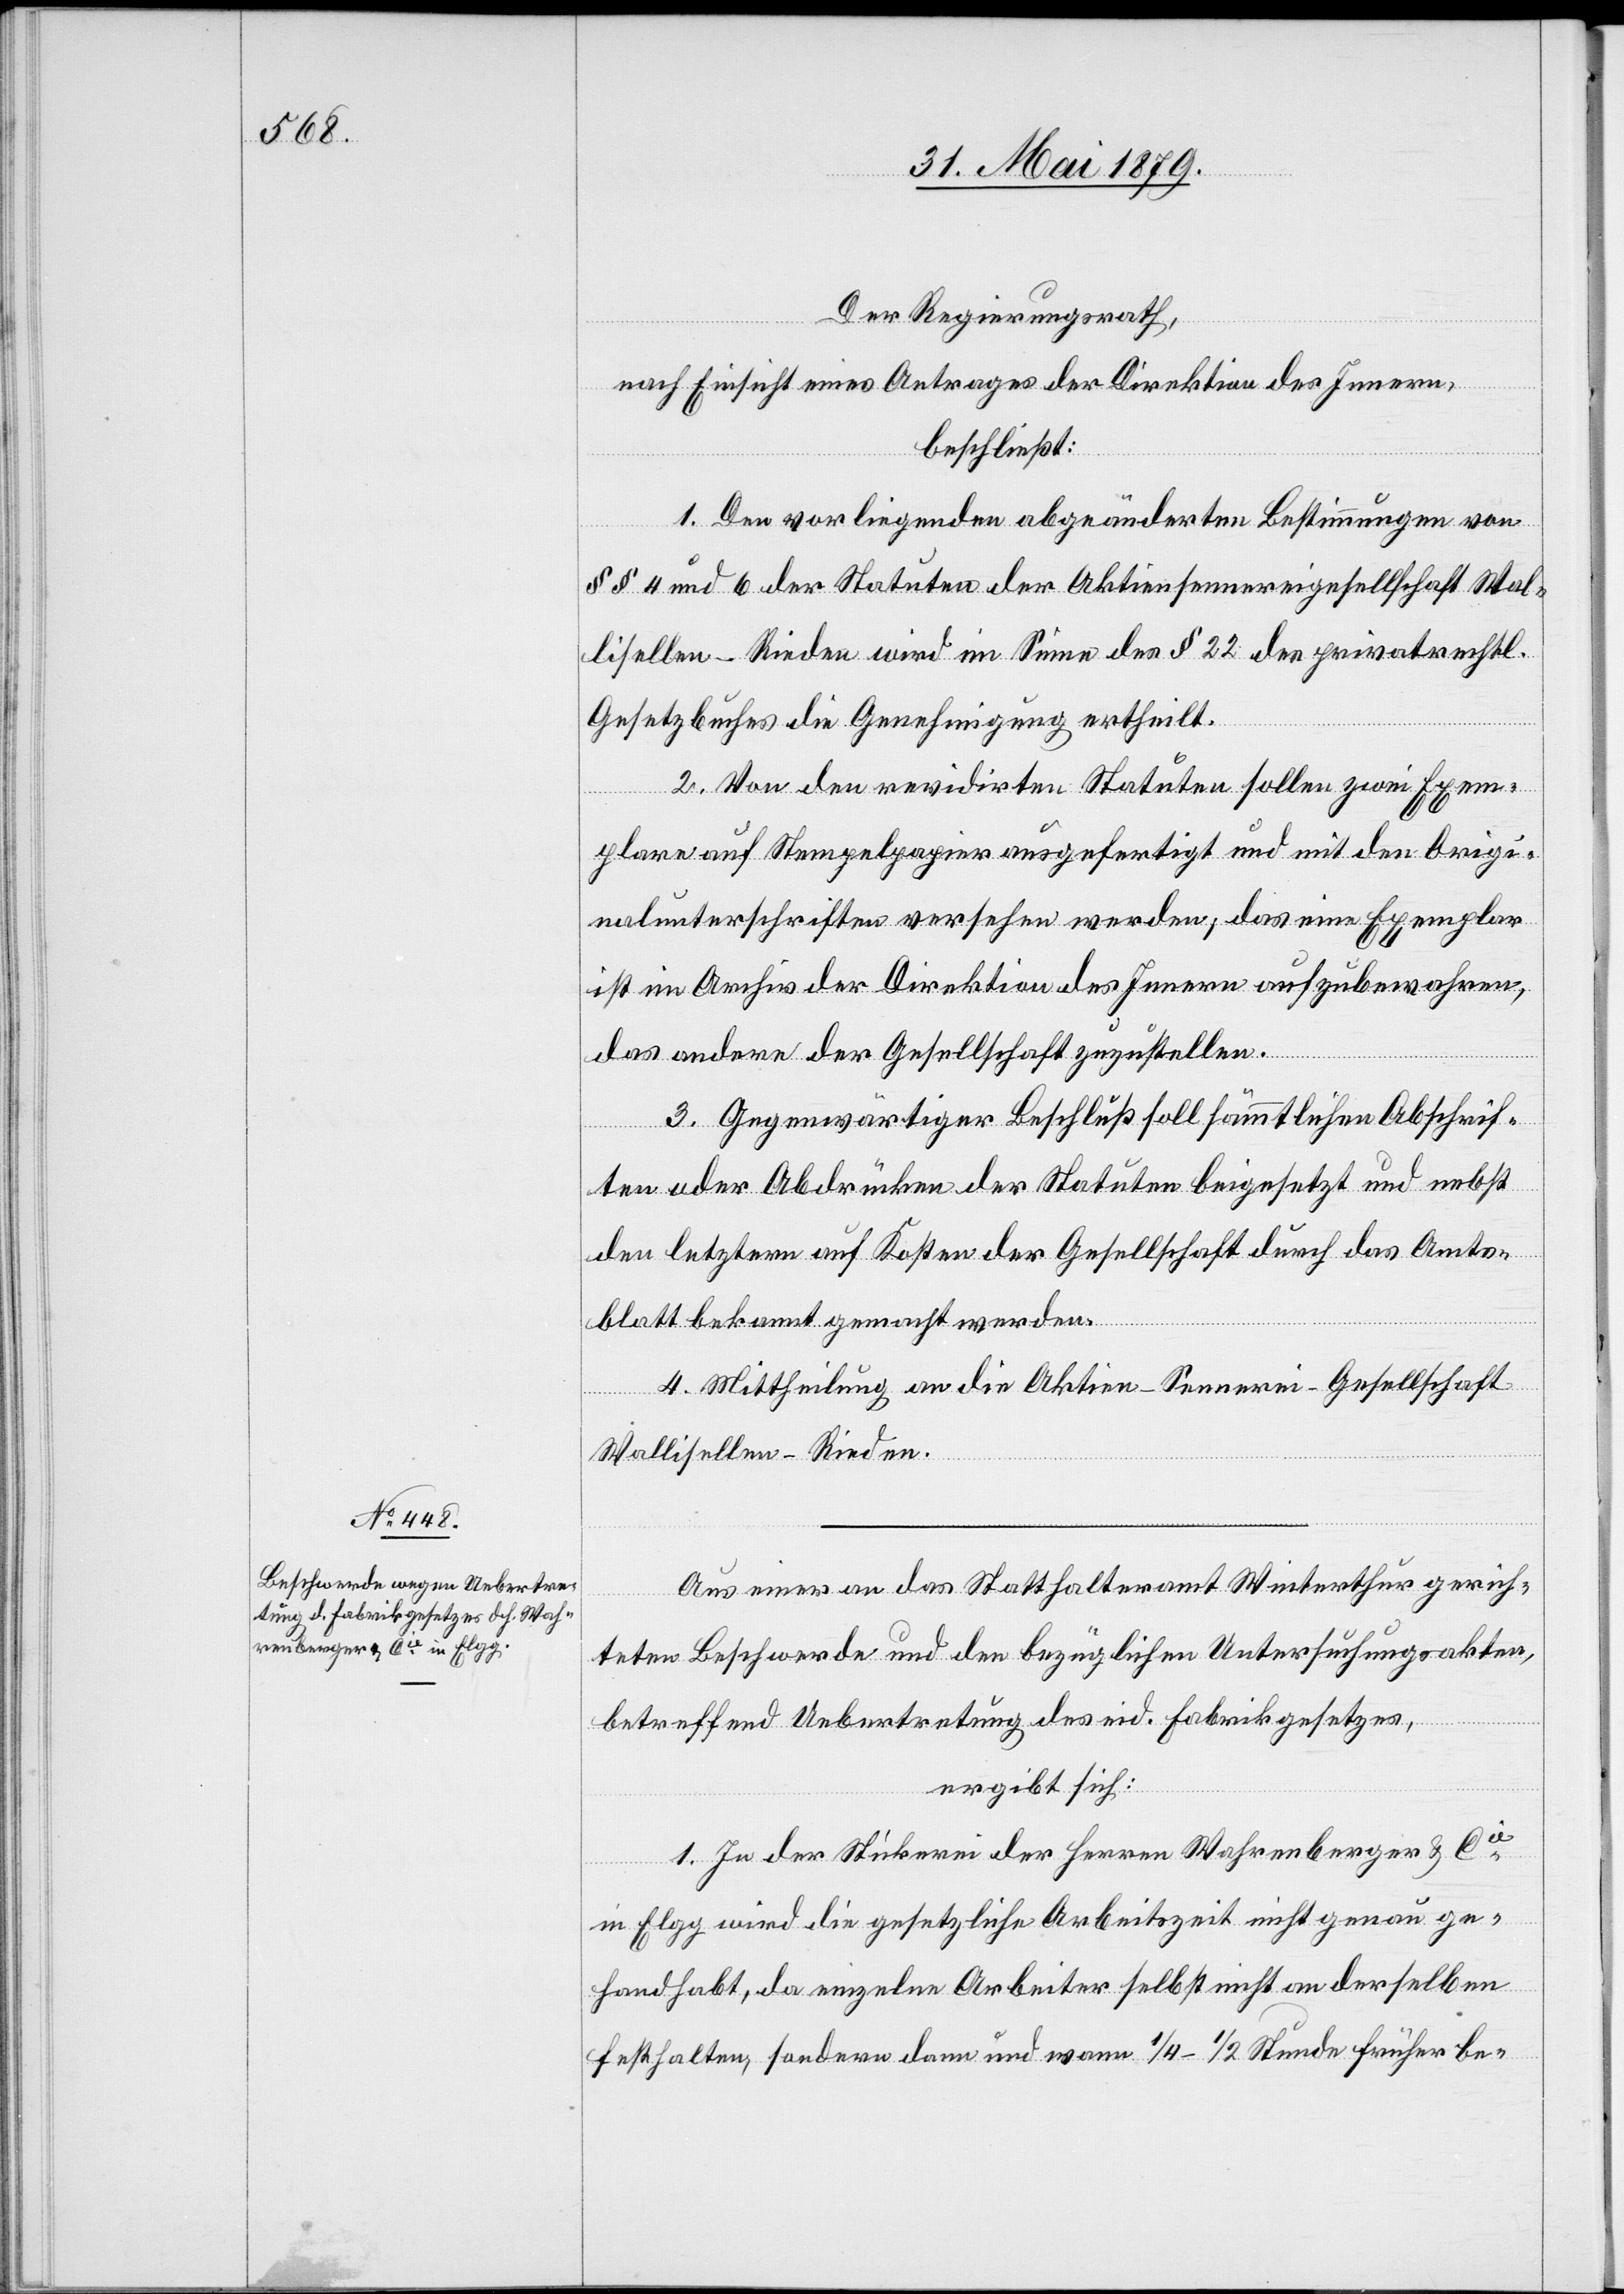
Der Regierungsrath,
nach Einsicht eines Antrages der Direktion des Innern,
beschließt:
1. Den vorliegenden abgeänderten Bestimmungen von
§§ 4 und 6 der Statuten der Aktiensennereigesellschaft Wal¬
lisellen - Rieden wird im Sinne des § 22 des privatrechtl.
Gesetzbuches die Genehmigung ertheilt.
2. Von den revidirten Statuten sollen zwei Exem¬
plare auf Stempelpapier ausgefertigt und mit den Origi¬
nalunterschriften versehen werden; das eine Exemplar
ist im Archiv der Direktion des Innern aufzubewahren,
das andere der Gesellschaft zuzustellen.
3. Gegenwärtiger Beschluß soll sämmtlichen Abschrif¬
ten oder Abdrücken der Statuten beigesetzt und nebst
den letztern auf Kosten der Gesellschaft durch das Amts¬
blatt bekannt gemacht werden.
3. Mittheilung an die Aktien-Sennerei-Gesellschaft
Wallisellen-Rieden.
Aus einer an das Statthalteramt Winterthur gerich¬
teten Beschwerde und den bezüglichen Untersuchungsakten,
betreffend Uebertretung des eid. Fabrikgesetzes,
ergibt sich:
1. In der Stickerei der Herren Wahrenberger & Cie
in Elgg wird die gesetzliche Arbeitszeit nicht genau ge¬
handhabt, da einzelne Arbeiter selbst nicht an derselben
festhalten, sondern dann und wann 1/4–1/2 Stunde früher be-